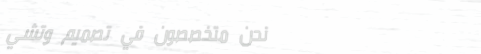
نحن متخصصون في تصميم وتشي